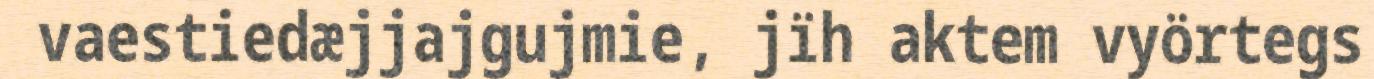
vaestiedæjjajgujmie, jïh aktem vyörtegs